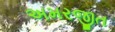
અમરજીત